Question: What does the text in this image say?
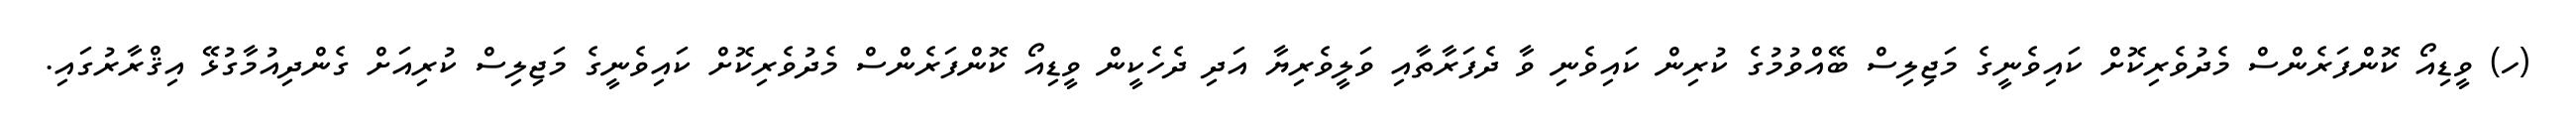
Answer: (ހ) ވީޑިއޯ ކޮންފަރެންސް މެދުވެރިކޮށް ކައިވެނީގެ މަޖިލިސް ބޭއްވުމުގެ ކުރިން ކައިވެނި ވާ ދެފަރާތާއި ވަލީވެރިޔާ އަދި ދެހެކީން ވީޑިއޯ ކޮންފަރެންސް މެދުވެރިކޮށް ކައިވެނީގެ މަޖިލިސް ކުރިއަށް ގެންދިއުމާގުޅޭ އިޤްރާރުގައި.